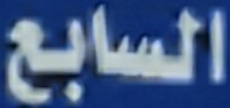
السابع